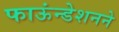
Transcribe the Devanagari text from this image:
फाऊंन्‍डेशनने